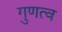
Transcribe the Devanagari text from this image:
गुणत्व